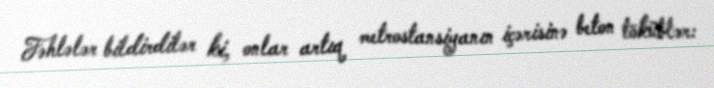
Fəhlələr bildirdilər ki, onlar artıq metrostansiyanın içərisinə beton töküblər: